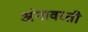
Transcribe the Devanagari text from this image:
अंगावरती